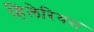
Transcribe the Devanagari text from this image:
हिलेरियस